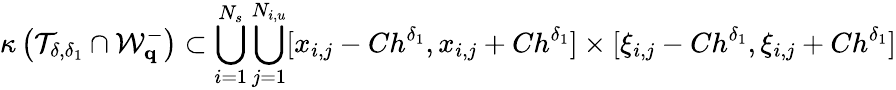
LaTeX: \kappa\left(\mathcal{T}_{\delta,\delta_{1}}\cap\mathcal{W}_{\mathbf{q}}^{-}\right)\subset\bigcup_{i=1}^{N_{s}}\bigcup_{j=1}^{N_{i,u}}[x_{i,j}-Ch^{\delta_{1}},x_{i,j}+Ch^{\delta_{1}}]\times[\xi_{i,j}-Ch^{\delta_{1}},\xi_{i,j}+Ch^{\delta_{1}}]